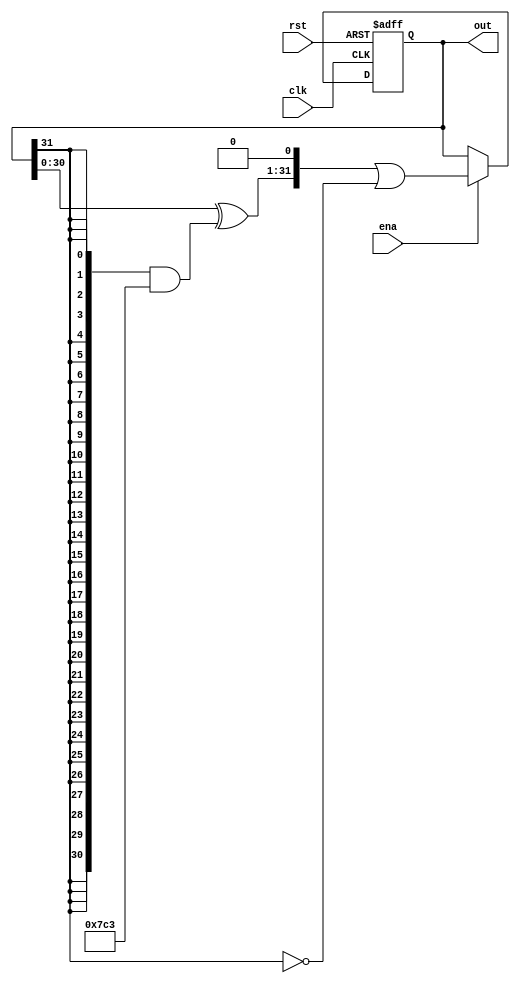
// (C) 2001-2016 Altera Corporation. All rights reserved.
// Your use of Altera Corporation's design tools, logic functions and other 
// software and tools, and its AMPP partner logic functions, and any output 
// files any of the foregoing (including device programming or simulation 
// files), and any associated documentation or information are expressly subject 
// to the terms and conditions of the Altera Program License Subscription 
// Agreement, Altera MegaCore Function License Agreement, or other applicable 
// license agreement, including, without limitation, that your use is for the 
// sole purpose of programming logic devices manufactured by Altera and sold by 
// Altera or its authorized distributors.  Please refer to the applicable 
// agreement for further details.


// $Id: $
// $Revision: $
// $Date: $
// $Author: $
//-----------------------------------------------------------------------------

`timescale 1 ps / 1 ps
// Copyright 2007 Altera Corporation. All rights reserved.  
// Altera products are protected under numerous U.S. and foreign patents, 
// maskwork rights, copyrights and other intellectual property laws.  
//
// This reference design file, and your use thereof, is subject to and governed
// by the terms and conditions of the applicable Altera Reference Design 
// License Agreement (either as signed by you or found at www.altera.com).  By
// using this reference design file, you indicate your acceptance of such terms
// and conditions between you and Altera Corporation.  In the event that you do
// not agree with such terms and conditions, you may not use the reference 
// design file and please promptly destroy any copies you have made.
//
// This reference design file is being provided on an "as-is" basis and as an 
// accommodation and therefore all warranties, representations or guarantees of 
// any kind (whether express, implied or statutory) including, without 
// limitation, warranties of merchantability, non-infringement, or fitness for
// a particular purpose, are specifically disclaimed.  By making this reference
// design file available, Altera expressly does not recommend, suggest or 
// require that this reference design file be used in combination with any 
// other product not provided by Altera.
/////////////////////////////////////////////////////////////////////////////

// altera message_off 10230

module lfsr #(
	parameter WIDTH = 32
)
(
	input clk,
	input rst,
	input ena,
	output [WIDTH-1:0] out
);

reg [WIDTH-1:0] myreg;

// nice looking max period polys selected from
// the internet
wire [WIDTH-1:0] poly =
        (WIDTH == 4) ? 4'hc :
        (WIDTH == 5) ? 5'h1b :
        (WIDTH == 6) ? 6'h33 :
        (WIDTH == 7) ? 7'h65 :
        (WIDTH == 8) ? 8'hc3 :
        (WIDTH == 9) ? 9'h167 :
        (WIDTH == 10) ? 10'h309 :
        (WIDTH == 11) ? 11'h4ec :
        (WIDTH == 12) ? 12'hac9 :
        (WIDTH == 13) ? 13'h124d :
        (WIDTH == 14) ? 14'h2367 :
        (WIDTH == 15) ? 15'h42f9 :
        (WIDTH == 16) ? 16'h847d :
        (WIDTH == 17) ? 17'h101f5 :
        (WIDTH == 18) ? 18'h202c9 :
        (WIDTH == 19) ? 19'h402fa :
        (WIDTH == 20) ? 20'h805c1 :
        (WIDTH == 21) ? 21'h1003cb :
        (WIDTH == 22) ? 22'h20029f :
        (WIDTH == 23) ? 23'h4003da :
        (WIDTH == 24) ? 24'h800a23 :
        (WIDTH == 25) ? 25'h10001a5 :
        (WIDTH == 26) ? 26'h2000155 :
        (WIDTH == 27) ? 27'h4000227 :
        (WIDTH == 28) ? 28'h80007db :
        (WIDTH == 29) ? 29'h100004f3 :
        (WIDTH == 30) ? 30'h200003ab :
        (WIDTH == 31) ? 31'h40000169 :
        (WIDTH == 32) ? 32'h800007c3 : 32'h0;

// synthesis translate_off
initial begin
  // unsupported width?  Fatality.
  #100 if (poly == 0) begin
	 $display ("Illegal polynomial selected");
	 $stop;
	end
end
// synthesis translate_on

wire [WIDTH-1:0] feedback;
assign feedback = {WIDTH{myreg[WIDTH-1]}} & poly;

// the inverter on the LSB causes 000... to be a 
// sequence member rather than the frozen state
always @(posedge clk or posedge rst) begin
  if (rst) myreg <= 0;
  else if (ena) begin
     myreg <= ((myreg ^ feedback) << 1) | !myreg[WIDTH-1];
  end
end

assign out = myreg;

endmodule


// BENCHMARK INFO :  5SGXEA7N2F45C2
// BENCHMARK INFO :  Max depth :  1.0 LUTs
// BENCHMARK INFO :  Total registers : 32
// BENCHMARK INFO :  Total pins : 34
// BENCHMARK INFO :  Total virtual pins : 0
// BENCHMARK INFO :  Total block memory bits : 0
// BENCHMARK INFO :  Comb ALUTs :                         ; 9               ;       ;
// BENCHMARK INFO :  ALMs : 11 / 234,720 ( < 1 % )
// BENCHMARK INFO :  Worst setup path @ 468.75MHz : 1.521 ns, From myreg[30]~DUPLICATE, To myreg[31]}
// BENCHMARK INFO :  Worst setup path @ 468.75MHz : 1.574 ns, From myreg[30], To myreg[31]~DUPLICATE}
// BENCHMARK INFO :  Worst setup path @ 468.75MHz : 1.493 ns, From myreg[30]~DUPLICATE, To myreg[31]}